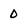
Character: 0